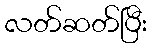
လတ်ဆတ်ပြီး